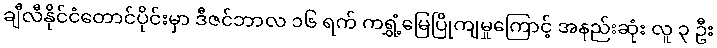
ချီလီနိုင်ငံတောင်ပိုင်းမှာ ဒီဇင်ဘာလ ၁၆ ရက် ကရွှံ့မြေပြိုကျမှုကြောင့် အနည်းဆုံး လူ ၃ ဦး